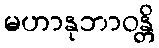
မဟာနုဘာဝန္တိ